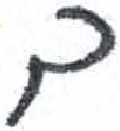
אות: ך